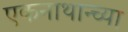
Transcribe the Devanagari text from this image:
एकनाथान्च्या